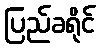
ပြည်ခရိုင်